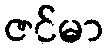
ဇင်မာ